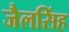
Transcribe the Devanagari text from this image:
जैलसिंह